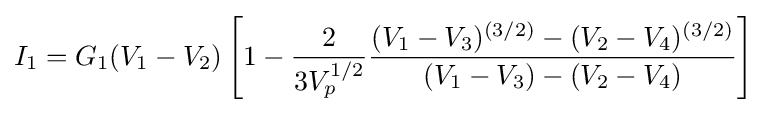
I_{1}=G_{1}(V_{1}-V_{2})\left[1-{\frac {2}{3V_{p}^{1/2}}}{\frac {(V_{1}-V_{3})^{(3/2)}-(V_{2}-V_{4})^{(3/2)}}{(V_{1}-V_{3})-(V_{2}-V_{4})}}\right]